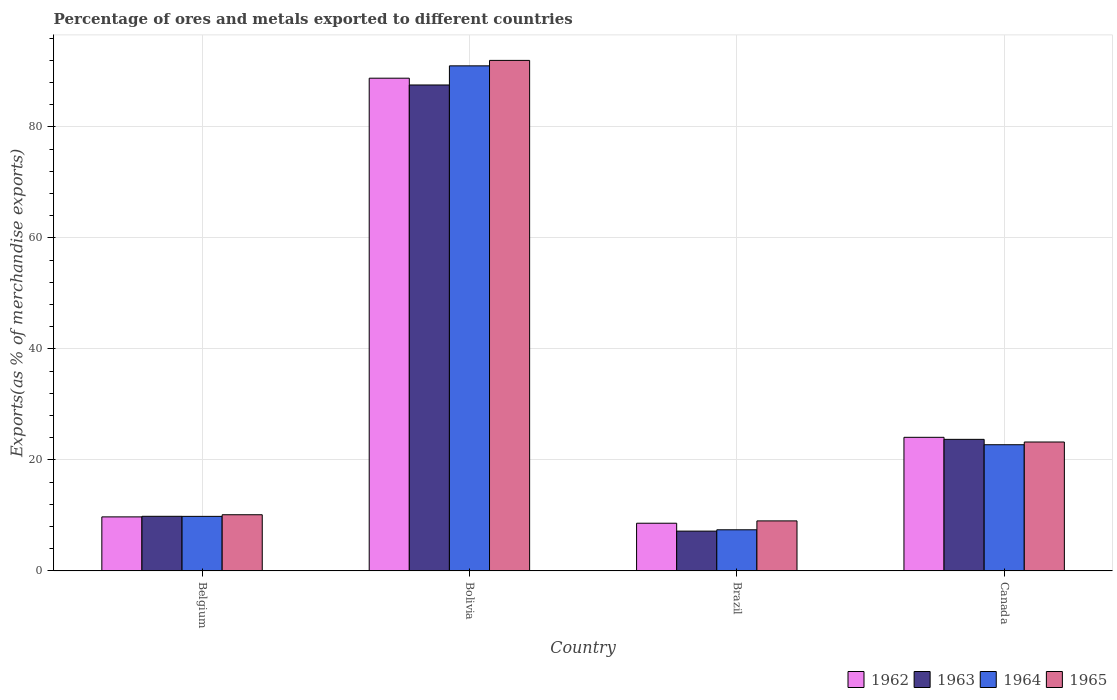
| Country | 1962 | 1963 | 1964 | 1965 |
 | --- | --- | --- | --- | --- |
 | Belgium | 9.73 | 9.84 | 9.83 | 10.1 |
 | Bolivia | 88.8 | 87.6 | 91 | 92 |
 | Brazil | 8.59 | 7.17 | 7.41 | 9.01 |
 | Canada | 24.1 | 23.7 | 22.7 | 23.2 |